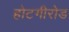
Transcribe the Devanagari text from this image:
होटगीरोड